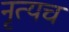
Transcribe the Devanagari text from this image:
नृत्यच